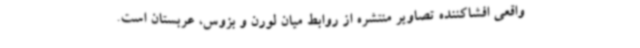
واقعی افشاکننده تصاویر منتشره از روابط میان لورن و بزوس، عربستان است.